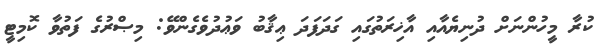
ކުރާ މީހުންނަށް ދުނިޔެއާއި އާޚިރަތުގައި ގަދަފަދަ ޢިޤާބު ވަޢުދުވެގެންވޭ: މިޞްރުގެ ފަތުވާ ކޮމިޓީ